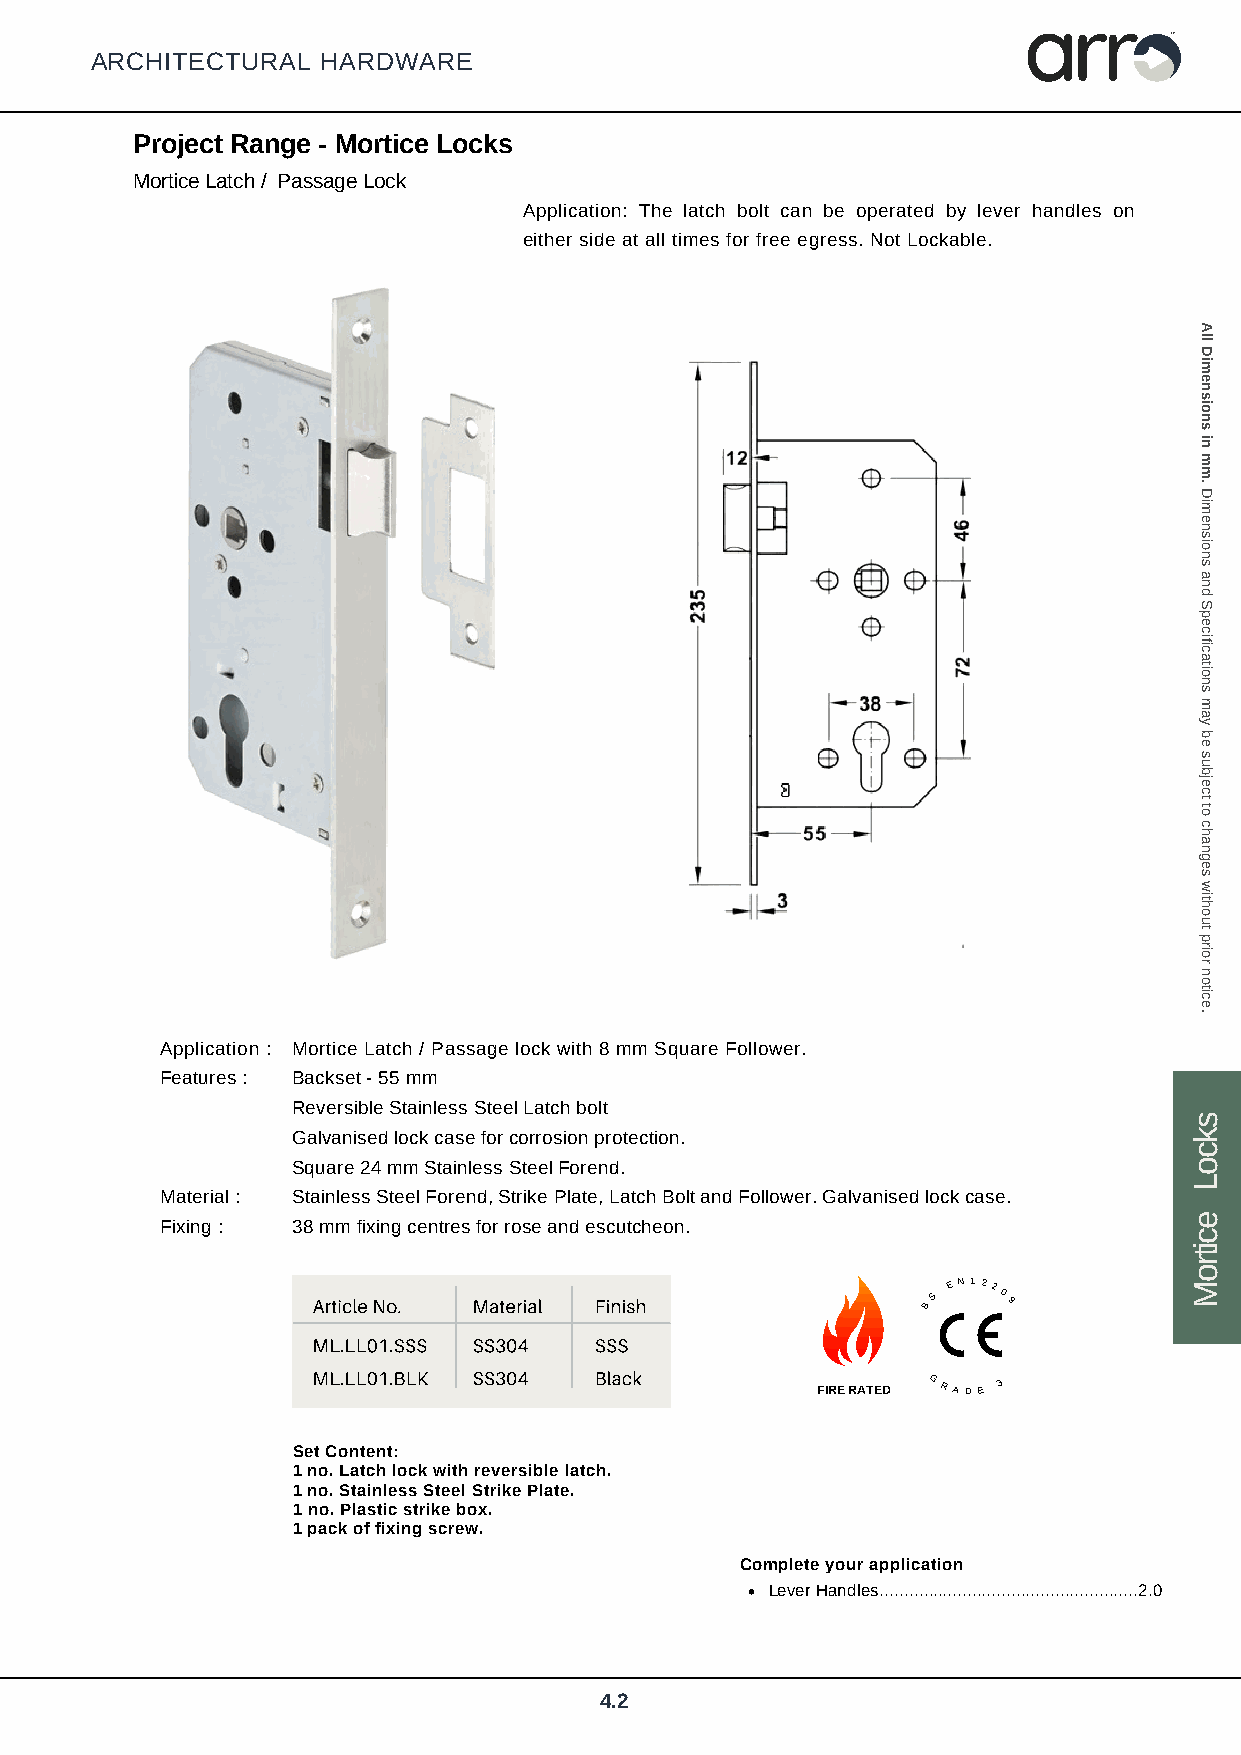
arr
 TM
 ARCHITECTURAL  HARDWARE
 Project Range - Mortice Locks
 Mortice Latch / Passage Lock
 Application: The latch bolt can be operated by lever handles on
 either side at all times for free egress. Not Lockable.
 Application : Mortice Latch / Passage lock with 8 mm Square Follower.
 Features : Backset - 55 mm
 Reversible Stainless Steel Latch bolt
 Galvanised lock case for corrosion protection.
 Square 24 mm Stainless Steel Forend.
 Material : Stainless Steel Forend, Strike Plate, Latch Bolt and Follower. Galvanised lock case.
 Fixing : 38 mm fixing centres for rose and escutcheon.
 E N 122
 Article No. Material Finish             BS   0 9
 ML.LL01.SSS SS304 SSS
 ML.LL01.BLK SS304 Black
 FIRE R ATED
 GRAD
 E
 3
 Set Content:
 1 no. Latch lock with reversible latch.
 1 no. Stainless Steel Strike Plate.
 1 no. Plastic strike box.
 1 pack of fixing screw.
 Complete your application
 Lever Handles.....................................................2.0
 4.2
 skcoL
 ecitroM
 All
 Dimensions
 in
 mm.
 Dimensions
 and
 Specifications
 may
 be
 subject
 to
 changes
 without
 prior
 notice.